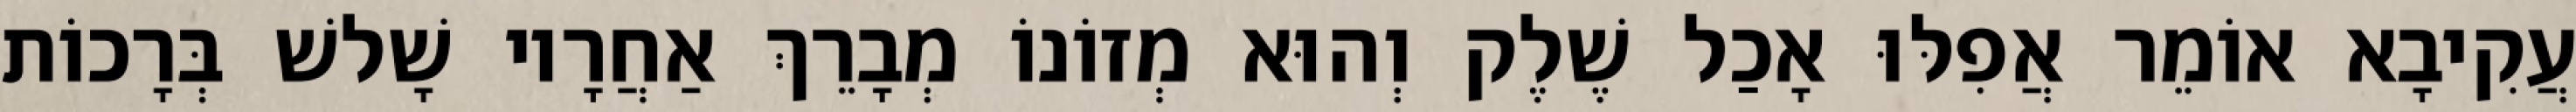
עֲקִיבָא אוֹמֵר אֲפִלּוּ אָכַל שֶׁלֶק וְהוּא מְזוֹנוֹ מְבָרֵךְ אַחֲרָיו שָׁלשׁ בְּרָכוֹת